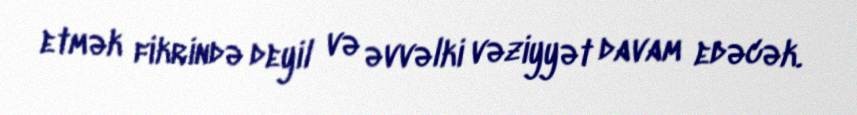
etmək fikrində deyil və əvvəlki vəziyyət davam edəcək.